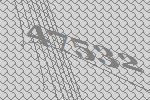
47532